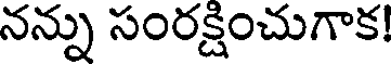
నన్ను సంరక్షించుగాక!